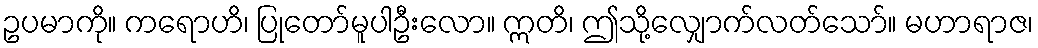
ဥပမာကို။ ကရောဟိ၊ ပြုတော်မူပါဦးလော။ ဣတိ၊ ဤသို့လျှောက်လတ်သော်။ မဟာရာဇ၊